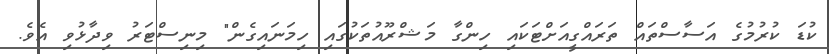
ކުޑަ ކުރުމުގެ އަސާސްތައް ތަރައްގީއަށްޓަކައި ހިންގާ މަޝްރޫއުތަކުގައި ހިމަނައިގެން" މިނިސްޓަރު ވިދާޅުވި އެވެ.